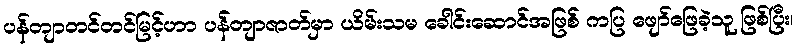
ပန်တျာတင်တင်မြင့်ဟာ ပန်တျာဇာတ်မှာ ယိမ်းသမ ခေါင်းဆောင်အဖြစ် ကပြ ဖျော်ဖြေခဲ့သူ ဖြစ်ပြီး၊